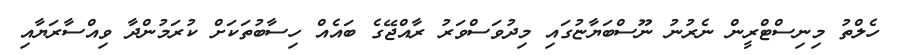
ހެލްތު މިނިސްޓްރީން ނެރުނު ނޫސްބަޔާޏުގައި މިދުވަސްވަރު ރާއްޖޭގެ ބައެއް ހިސާބުތަކަށް ކުރަމުންދާ ވިއްސާރަޔާއި